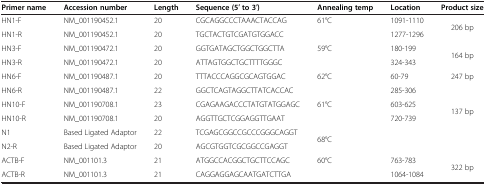
<table><thead><tr><td><b>Primer name</b></td><td><b>Accession number</b></td><td><b>Length</b></td><td><b>Sequence (5′ to 3′)</b></td><td><b>Annealing temp</b></td><td><b>Location</b></td><td><b>Product size</b></td></tr></thead><tbody><tr><td>HN1-F</td><td>NM_001190452.1</td><td>20</td><td>CGCAGGCCCTAAACTACCAG</td><td rowspan="2">61°C</td><td>1091-1110</td><td rowspan="2">206 bp</td></tr><tr><td>HN1-R</td><td>NM_001190452.1</td><td>20</td><td>TGCTACTGTCGATGTGGACC</td><td>1277-1296</td></tr><tr><td>HN3-F</td><td>NM_001190472.1</td><td>20</td><td>GGTGATAGCTGGCTGGCTTA</td><td rowspan="2">59°C</td><td>180-199</td><td rowspan="2">164 bp</td></tr><tr><td>HN3-R</td><td>NM_001190472.1</td><td>20</td><td>ATTAGTGGCTGCTTTTGGGC</td><td>324-343</td></tr><tr><td>HN6-F</td><td>NM_001190487.1</td><td>20</td><td>TTTACCCAGGCGCAGTGGAC</td><td rowspan="2">62°C</td><td>60-79</td><td>247 bp</td></tr><tr><td>HN6-R</td><td>NM_001190487.1</td><td>22</td><td>GGCTCAGTAGGCTTATCACCAC</td><td>285-306</td><td> </td></tr><tr><td>HN10-F</td><td>NM_001190708.1</td><td>23</td><td>CGAGAAGACCCTATGTATGGAGC</td><td rowspan="2">61°C</td><td>603-625</td><td rowspan="2">137 bp</td></tr><tr><td>HN10-R</td><td>NM_001190708.1</td><td>20</td><td>AGGTTGCTCGGAGGTTGAAT</td><td>720-739</td></tr><tr><td>N1</td><td>Based Ligated Adaptor</td><td>22</td><td>TCGAGCGGCCGCCCGGGCAGGT</td><td rowspan="2">68°C</td><td> </td><td> </td></tr><tr><td>N2-R</td><td>Based Ligated Adaptor</td><td>20</td><td>AGCGTGGTCGCGGCCGAGGT</td><td> </td><td> </td></tr><tr><td>ACTB-F</td><td>NM_001101.3</td><td>21</td><td>ATGGCCACGGCTGCTTCCAGC</td><td rowspan="2">60°C</td><td>763-783</td><td rowspan="2">322 bp</td></tr><tr><td>ACTB-R</td><td>NM_001101.3</td><td>21</td><td>CAGGAGGAGCAATGATCTTGA</td><td>1064-1084</td></tr></tbody></table>